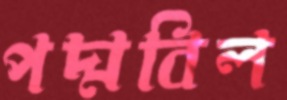
পদ্মবিল